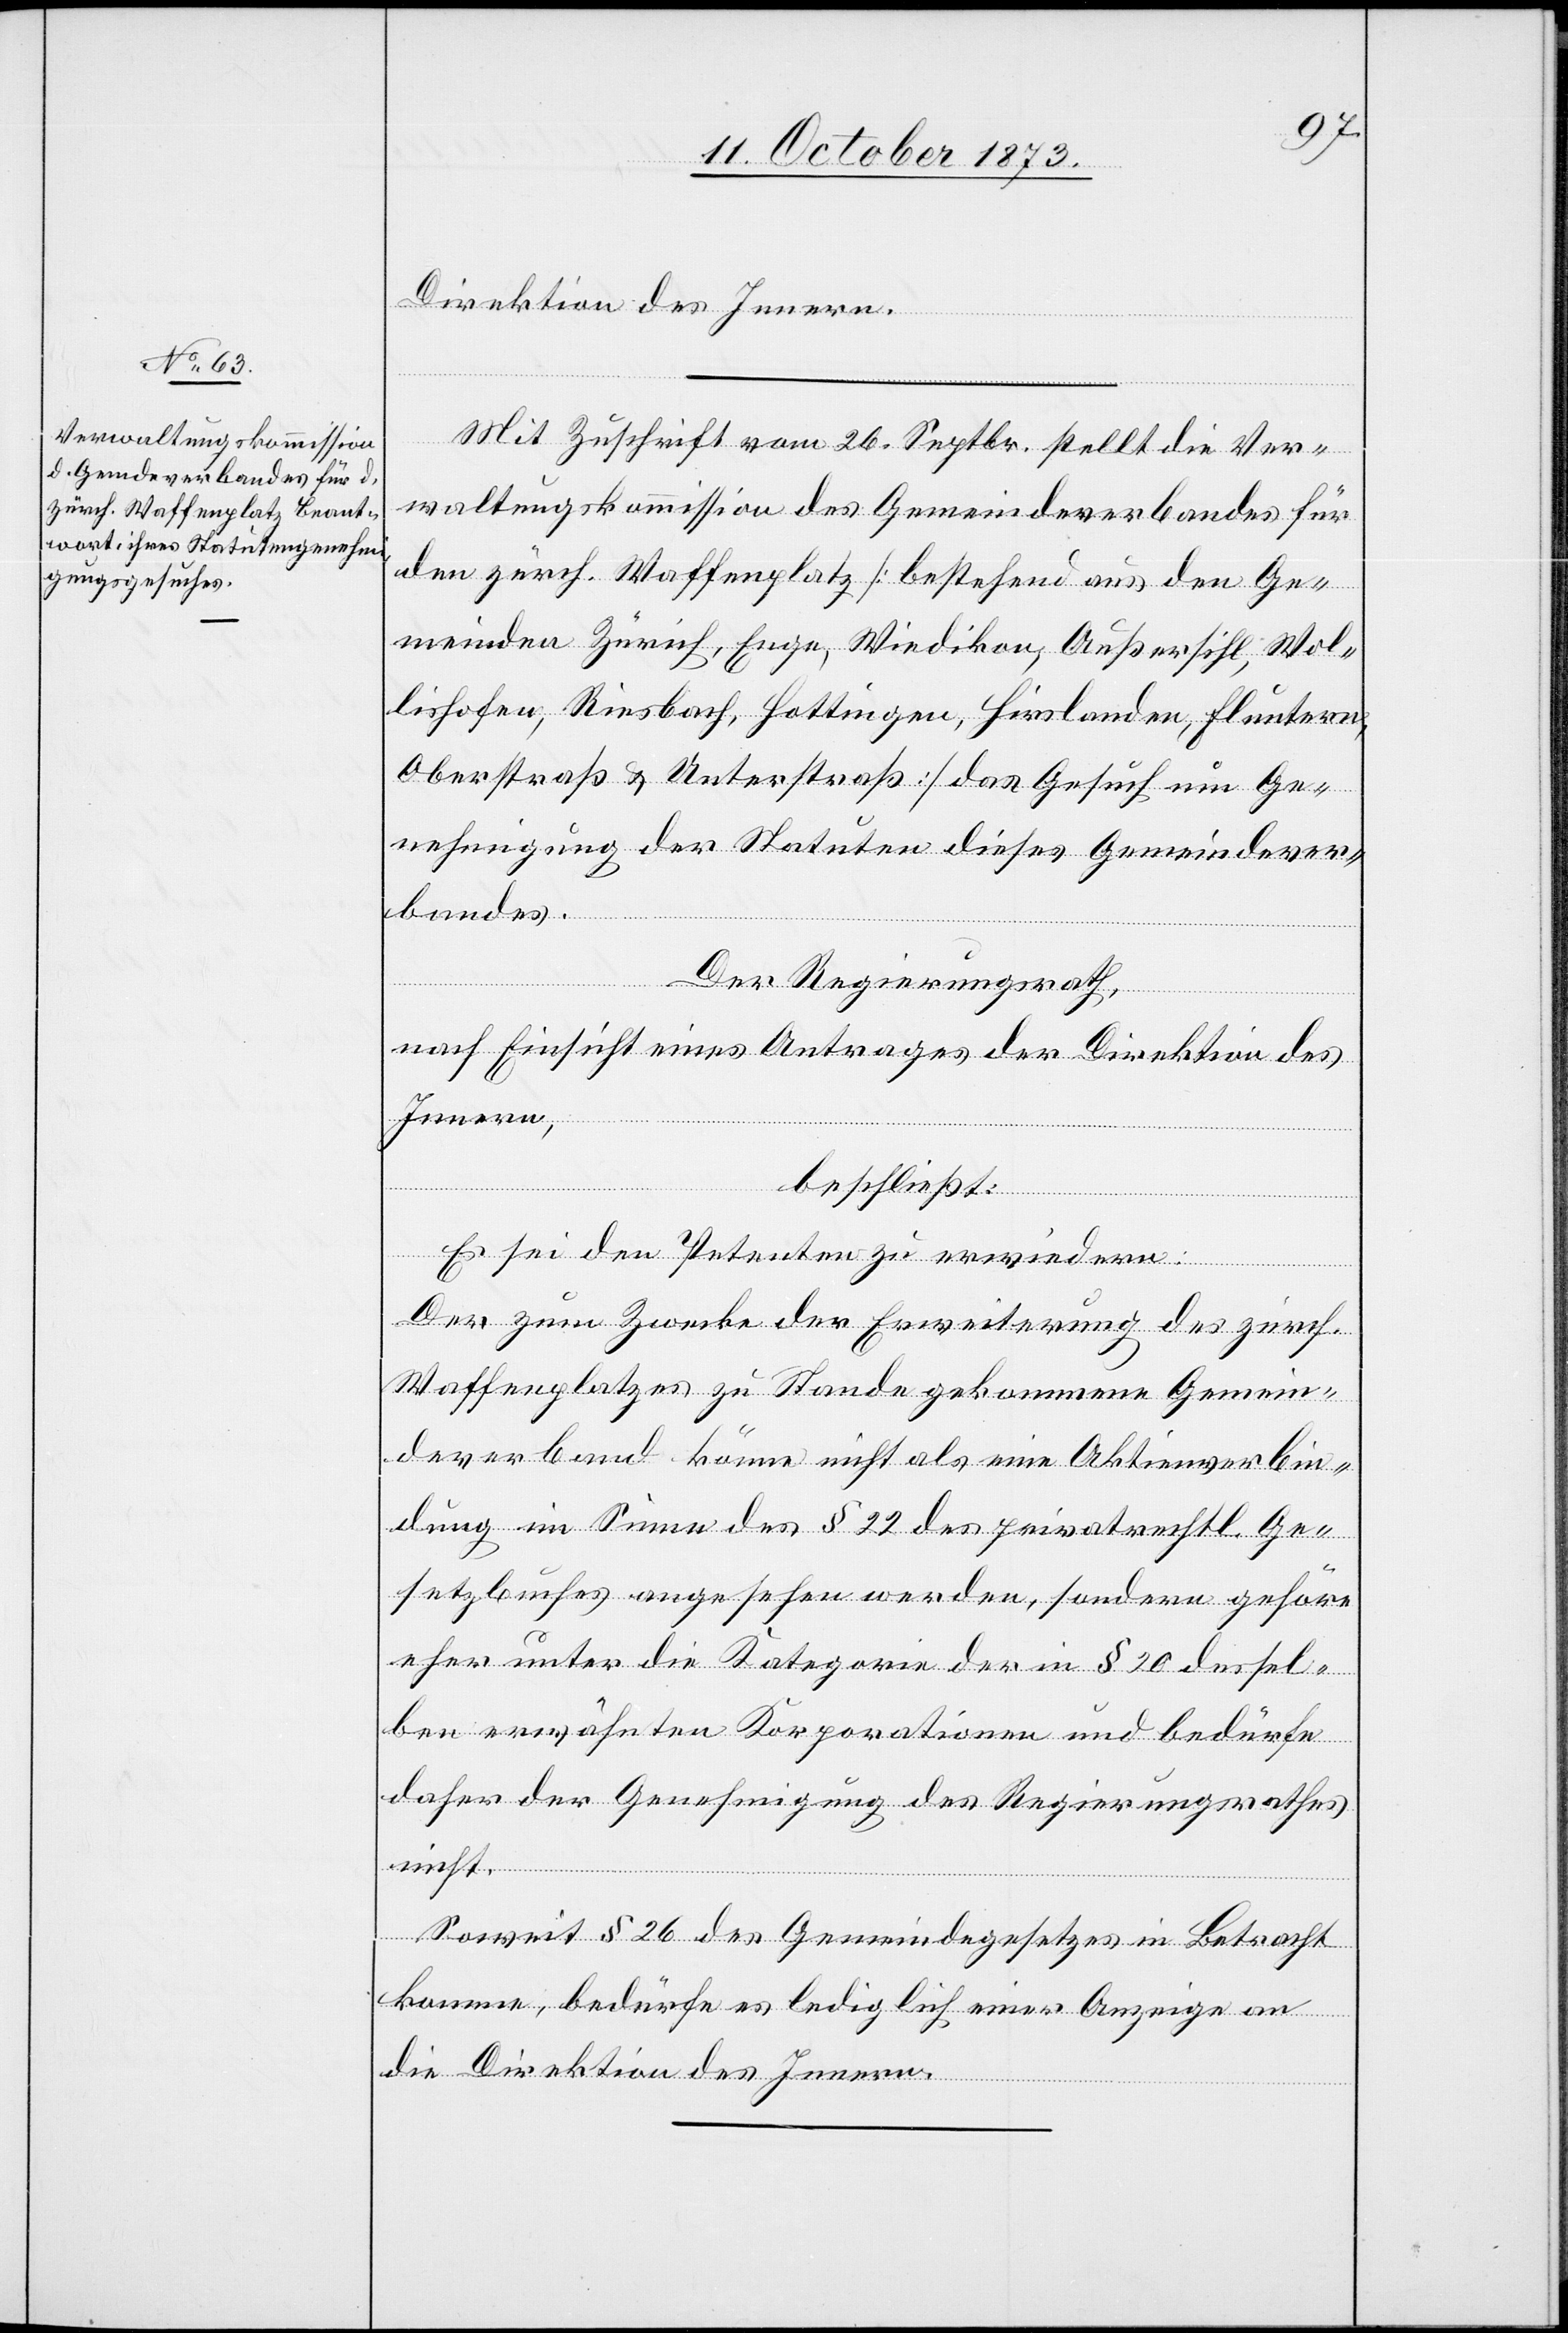
Direktion des Innern.
Mit Zuschrift vom 26. Septbr. stellt die Ver¬
waltungskommission des Gemeindeverbandes für
den zürch. Waffenplatz [bestehend aus den Ge¬
meinden Zürich, Enge, Wiedikon, Außersihl, Wol¬
lishofen, Riesbach, Hottingen, Hirslanden, Fluntern,
Oberstraß & Unterstraß] das Gesuch um Ge¬
nehmigung der Statuten dieses Gemeindever¬
bandes.
Der Regierungsrath,
nach Einsicht eines Antrages der Direktion des
Innern,
beschließt:
Es sei den Petenten zu erwiedern:
Der zum Zwecke der Erweiterung des zürch.
Waffenplatzes zu Stande gekommene Gemein¬
deverband könne nicht als eine Aktienverbin¬
dung im Sinne des § 22 des privatrechtl. Ge¬
setzbuches angesehen werden, sondern gehöre
eher unter die Kategorie der in § 20 dessel¬
ben erwähnten Korporationen und bedürfe
daher der Genehmigung des Regierungsrathes
nicht.
Soweit § 26 des Gemeindegesetzes in Betracht
komme, bedürfe es lediglich einer Anzeige an
die Direktion des Innern.